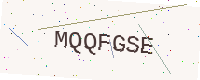
Text: MQQFGSE